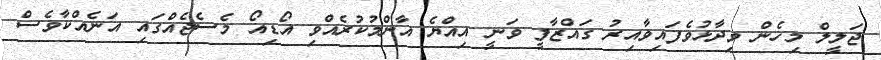
ޖަލީލް މިހެން ވިދާޅުވެފައިވާއިރު ގައްޒާފީ ވަނީ އިއްޔެ އާންމުކުރެއްވި އޯޑިއޯ މެސެޖެއްގައި އަނެއްކާވެސް